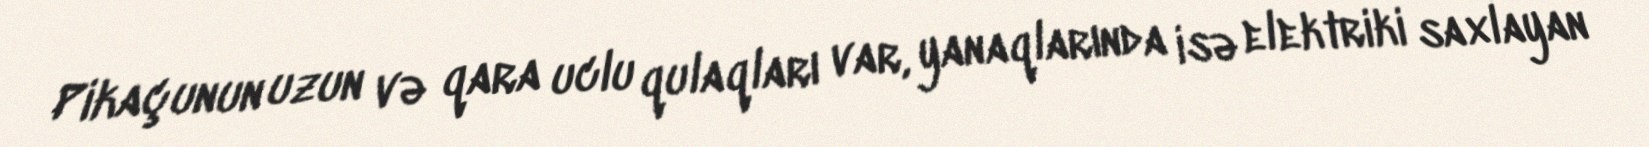
Pikaçunun uzun və qara uclu qulaqları var, yanaqlarında isə elektriki saxlayan